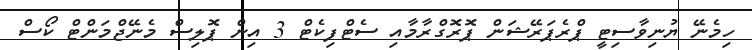
ހިމެނޭ ޔުނިވާސިޓީ ޕްރެޕަރޭޝަން ޕޮރޮގްރާމާއި ސެޓްފިކެޓް 3 އިން ޕޮލިސް މެނޭޖްމަންޓް ކޯސް